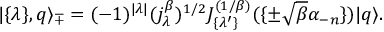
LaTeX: | \{ \lambda \} , q \rangle _ { \mp } = ( - 1 ) ^ { | \lambda | } ( j _ { \lambda } ^ { \beta } ) ^ { 1 / 2 } J _ { \{ \lambda ^ { \prime } \} } ^ { ( 1 / \beta ) } ( \{ \pm \sqrt { \beta } \alpha _ { - n } \} ) | q \rangle .